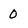
Character: 0